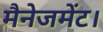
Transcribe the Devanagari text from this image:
मैनेजमेंट।